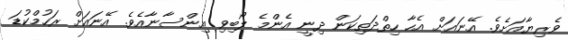
ވެރިޔާއަށެވެ. އޭނައަށް އެހާ ހިތްދަތިކަން ދިނީ އެންމެ ލޯބިވި އިންސާނާއެވެ. އޭނައަށް ރަހުމްކުޑަ